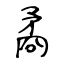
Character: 矞